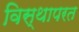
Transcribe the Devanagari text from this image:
विस्थापरत